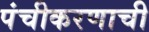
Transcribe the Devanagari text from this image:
पंचीकरणाची